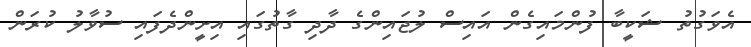
އެވަގުތު ޝަކީބާ ފުންމައިގެން އައިސް ލުޖައިންގެ ދާދި ގާތުގައި އިށީންދެފައި ސުވާލު ކުރަން